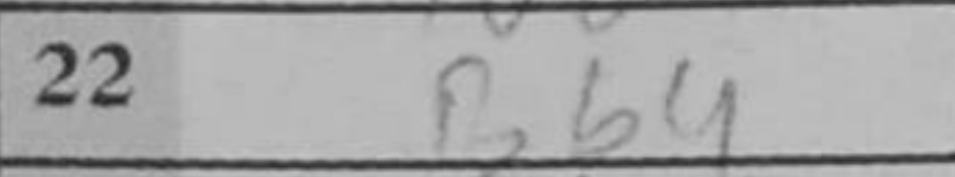
Transcription: Bb4